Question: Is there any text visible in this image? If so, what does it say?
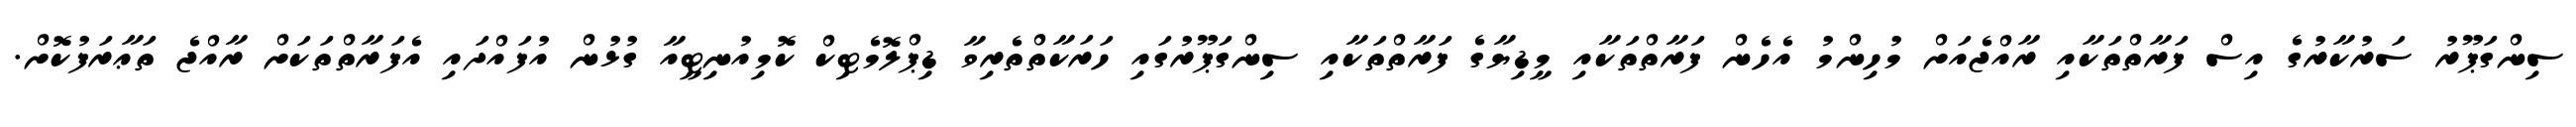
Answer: ސިންގަޕޫރު ސަރުކާރުގެ އިސް ފަރާތްތަކާއި ރާއްޖެއަށް މުހިންމު އެހެން ފަރާތްތަކާއި މީޑިޔާގެ ފަރާތްތަކާއި ސިންގަޕޫރުގައި ހަރަކާތްތެރިވާ ޑިޕްލޮމެޓިކް ކޮމިއުނިޓީއާ ގުޅުން އުފައްދައި އެފަރާތްތަކަށް ރާއްޖެ ތަޢާރަފުކޮށް.